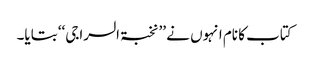
کتاب کا نام انہوں نے ’’نخبۃ السراجی‘‘ بتایا۔